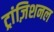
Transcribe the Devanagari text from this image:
ट्रांज़िशनल